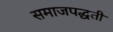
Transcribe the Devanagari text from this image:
समाजपद्धती